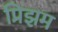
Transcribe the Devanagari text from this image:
प्रिझम